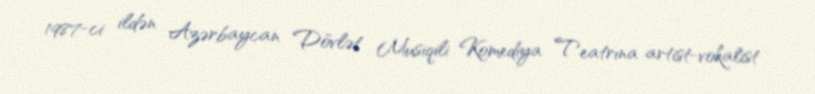
1987-ci ildən Azərbaycan Dövlət Musiqili Komediya Teatrına artist-vokalist